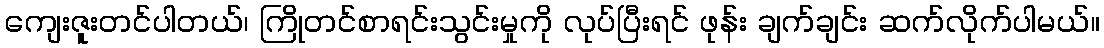
ကျေးဇူးတင်ပါတယ်၊ ကြိုတင်စာရင်းသွင်းမှုကို လုပ်ပြီးရင် ဖုန်း ချက်ချင်း ဆက်လိုက်ပါမယ်။